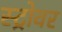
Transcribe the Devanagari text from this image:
स्ट्रोवर